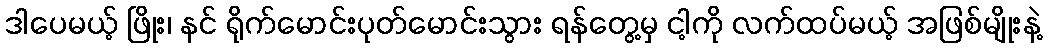
ဒါပေမယ့် ဖြိုး၊ နင် ရိုက်မောင်းပုတ်မောင်းသွား ရန်တွေ့မှ ငါ့ကို လက်ထပ်မယ့် အဖြစ်မျိုးနဲ့